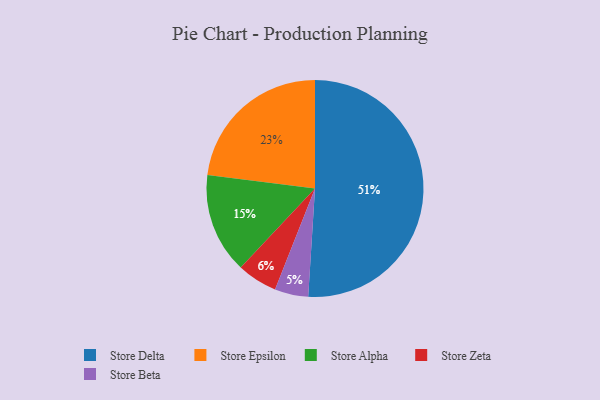
{"axis": {"x": "Category", "y": "Percentage"}, "legend": ["Store Alpha", "Store Beta", "Store Delta", "Store Epsilon", "Store Zeta"], "data": [{"x": "Store Alpha", "y": 15, "type": "Store Alpha"}, {"x": "Store Delta", "y": 51, "type": "Store Delta"}, {"x": "Store Epsilon", "y": 23, "type": "Store Epsilon"}, {"x": "Store Beta", "y": 5, "type": "Store Beta"}, {"x": "Store Zeta", "y": 6, "type": "Store Zeta"}]}